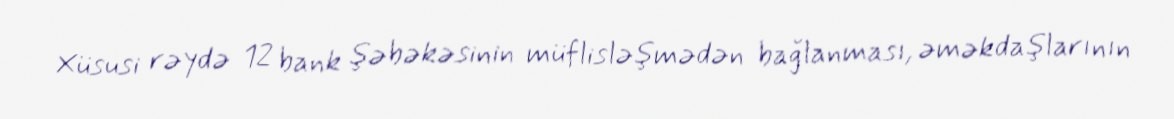
Xüsusi rəydə 12 bank şəbəkəsinin müflisləşmədən bağlanması, əməkdaşlarının